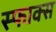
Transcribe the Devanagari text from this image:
स्फाक्स